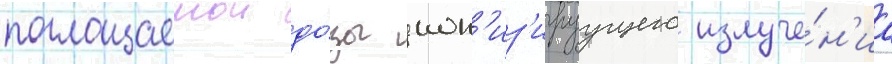
поглощаемои до́зы ион'из'ируущего излуче́н'иа